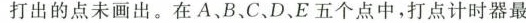
打出的点未画出。在A、B、C、D、E五个点中，打点计时器最